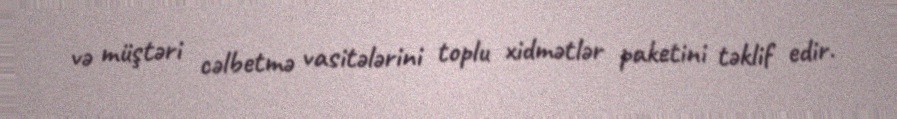
və müştəri cəlbetmə vasitələrini toplu xidmətlər paketini təklif edir.